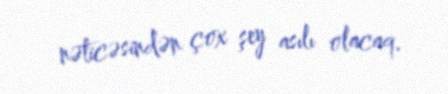
nəticəsindən çox şey asılı olacaq.